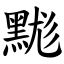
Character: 䵨